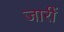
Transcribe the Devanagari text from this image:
जारीं